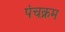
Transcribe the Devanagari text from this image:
पंचक्रम